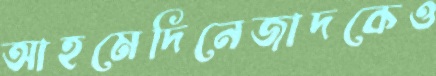
আহমেদিনেজাদকেও